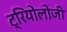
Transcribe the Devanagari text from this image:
ट्रियोलोजी